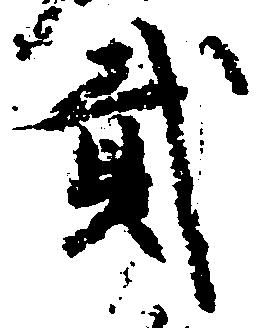
弐